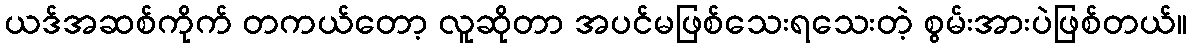
ယဒ်အဆစ်ကိုက် တကယ်တော့ လူဆိုတာ အပင်မဖြစ်သေးရသေးတဲ့ စွမ်းအားပဲဖြစ်တယ်။